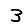
Digit: 3